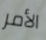
الأمر